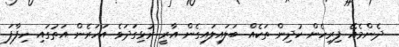
ދެންމެއޭ ފިރިހެން ކުދިން ތަކެއް ބަލައިލައިގެން އާރީ ރުޅިގަދަވެ އަހަރެން އަތުގައި ހިފާފަ